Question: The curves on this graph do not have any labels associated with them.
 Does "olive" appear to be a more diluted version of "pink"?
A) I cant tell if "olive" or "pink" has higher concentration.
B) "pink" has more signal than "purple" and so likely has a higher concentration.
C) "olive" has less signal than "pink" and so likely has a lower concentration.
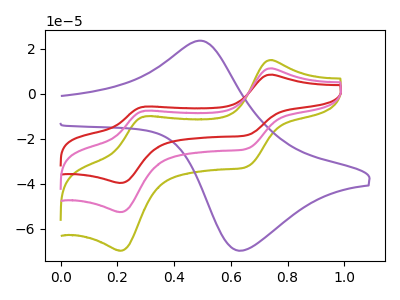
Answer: <think>The olive curve "olive" has anodic peaks at (0.75V, 14.95uA) (0.30V, -10.00uA) and cathodic peaks at (0.65V, -32.25uA) (0.20V, -69.60uA). The purple curve "purple" has an anodic peak at (0.50V, 23.50uA) and a cathodic peak at (0.65V, -69.60uA). The red curve "red" has anodic peaks at (0.75V, 22.55uA) (0.30V, -15.05uA) and cathodic peaks at (0.65V, -48.65uA) (0.20V, -105.00uA). The pink curve "pink" has anodic peaks at (0.75V, 11.25uA) (0.30V, -7.55uA) and cathodic peaks at (0.65V, -24.30uA) (0.20V, -52.50uA).
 All the peaks in "olive" have a peak in "pink" at the same potential.</think>
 <answer>A) I cant tell if "olive" or "pink" has higher concentration.</answer>
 <eval>A</eval>